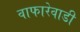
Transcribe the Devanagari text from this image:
वाफारेवाडी